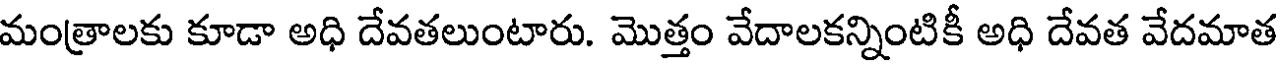
మంత్రాలకు కూడా అధి దేవతలుంటారు. మొత్తం వేదాలకన్నింటికీ అధి దేవత వేదమాత